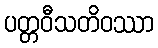
ပတ္တဝီသတိဝဿာ